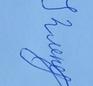
Signature authenticity: genuine